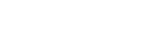
မပြောတတ်ချေ။